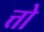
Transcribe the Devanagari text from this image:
त्तो